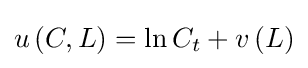
u\left({C,L}\right)=\ln {C_{t}}+v\left(L\right)